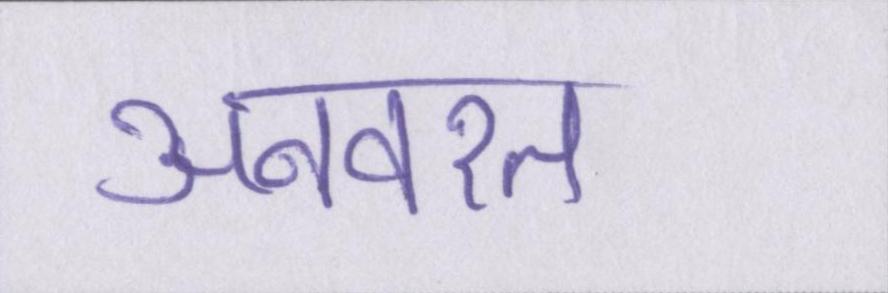
अनवरत